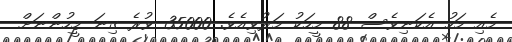
މެއި މަހު އެކަނިވެސް 88 މީހަކު މަރުވިއެވެ. 35000 ވުރެ ގިނަ މީހުންނަށް